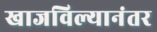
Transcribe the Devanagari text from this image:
खाजविल्यानंतर